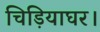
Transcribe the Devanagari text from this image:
चिड़ियाघर।